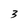
Character: 3